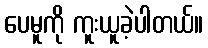
ပေမူကို ကူးယူခဲ့ပါတယ်။